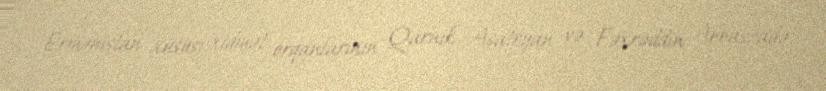
Ermənistan xüsusi xidmət orqanlarının Qarnik Asatryan və Fəxrəddin Abbaszadə